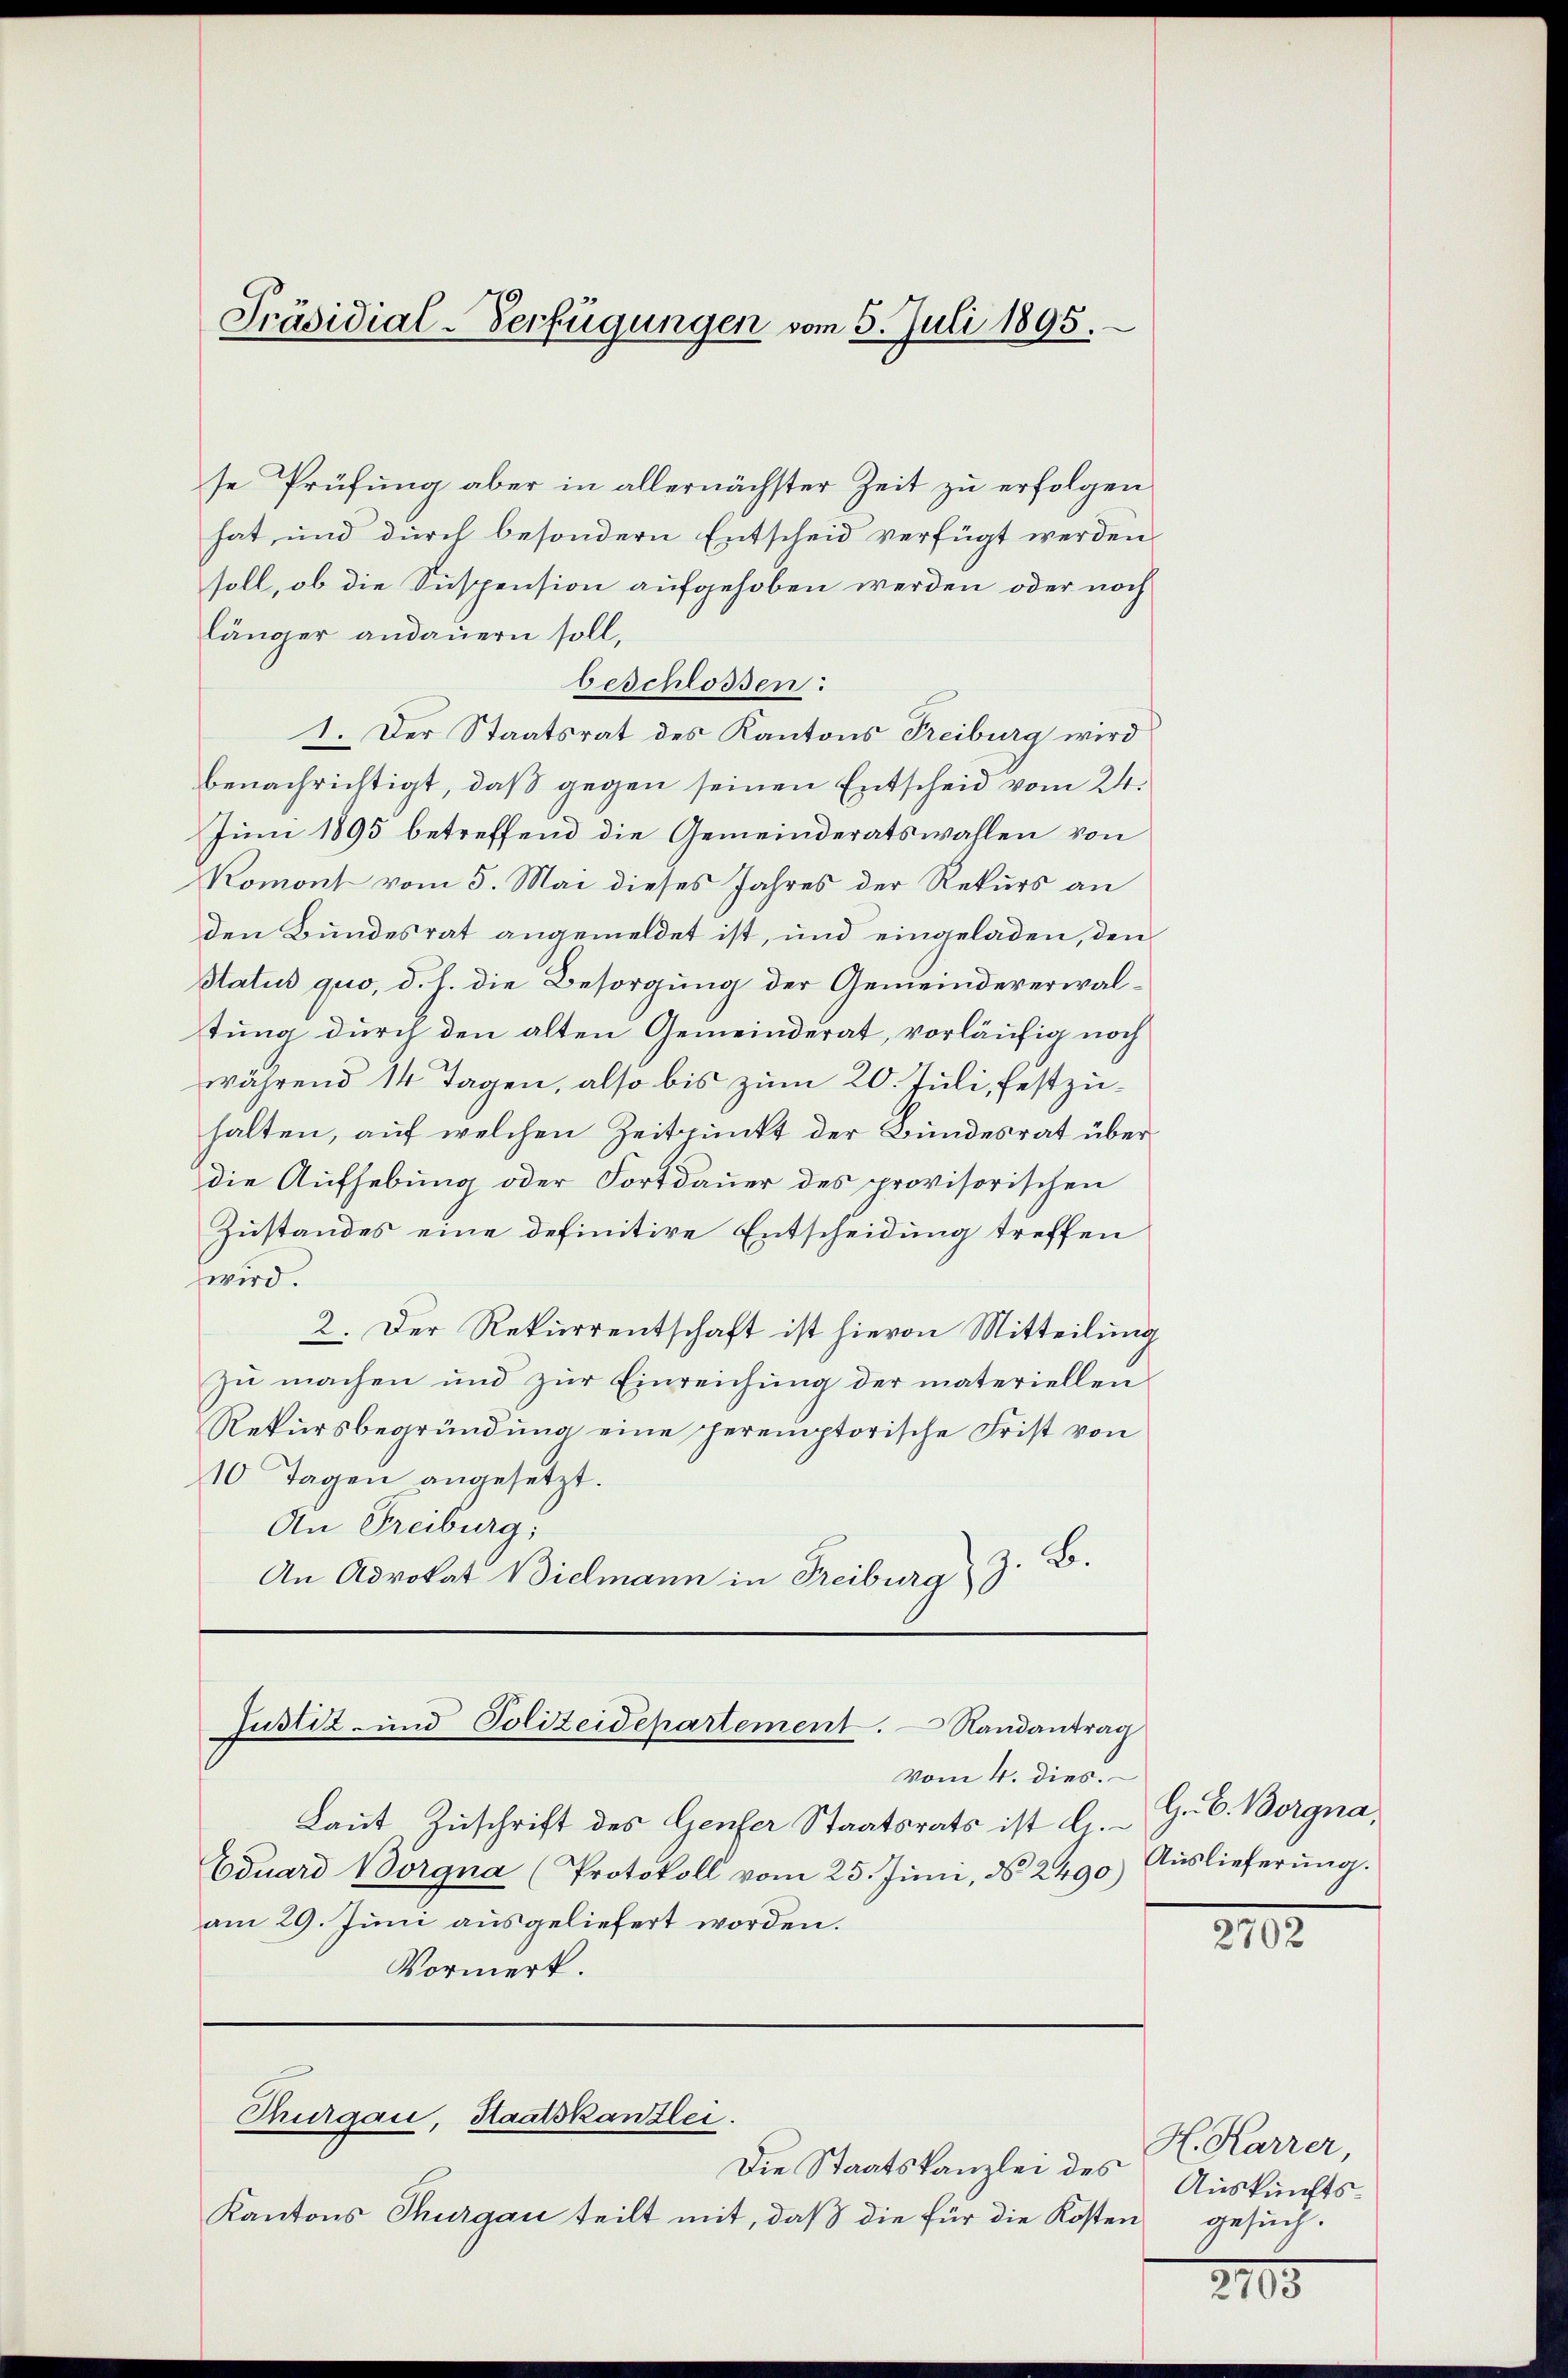
Präsidial-Verfügungen vom 5. Juli 1895.

se Prüfung aber in allernächster Zeit zu erfolgen
hat, und durch besondern Entscheid verfügt werden
soll, ob die Suspension aufgehoben werden, oder noch
länger andauern soll,
beschlossen:
1. Der Staatsrat des Kantons Freiburg wird
benachrichtigt, daß gegen seinen Entscheid vom 24.
Juni 1895 betreffend die Gemeinderatswahlen von
Komont vom 5. Mai dieses Jahres der Rekurs an
den Bundesrat angemeldet ist, und eingeladen, den
Status quo, d. h. die Besorgung der Gemeindeverwaltung durch den alten Gemeinderat, vorläufig noch
während 14 Tagen, also bis zum 20. Juli, festzuhalten, auf welchen Zeitpunkt der Bundesrat überdie Aufhebung oder Fortdauer des provisorischen
Zustandes eine definitive Entscheidung treffen
wird.
2. Der Rekurrentschaft ist hievon Mitteilung
zu machen und zur Einreichung der materiellen
Rekursbegründung eine peremptorische Frist von
10 Tagen angesetzt.
An Freiburg;
An Advokat Bielmann in Freiburg z. B.

Justiz- und Polizeidepartement.  Randantrag

vom 4. dies
Laut Zuschrift des Genfer Staatsrats ist d.
Eduard Borgna (Protokoll vom 25. Juni, N. 2490)
am 29. Juni ausgeliefert worden.
Vormerk.

Thurgau, Staatskanzlei.

Die Staatskanzlei des
Kantons Thurgau teilt mit, daß die für die Kosten

H. E. Borgna,
Auslieferung.

2702

H. Karrer,
Auskunftsgesuch.

2105